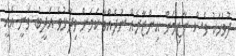
ދުވަހަކު ވެސް ނާޒިމަށް އިންޒާރެއް ނުދެއްވާ ކަމަށް ވިދާޅުވެ އަދީބު ވަނީ އެއީ